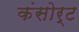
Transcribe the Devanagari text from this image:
कंसोर्ट